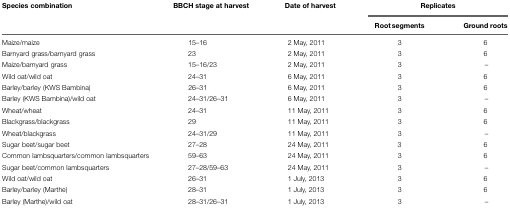
<table><thead><tr><td><b>Species combination</b></td><td><b>BBCH stage at harvest</b></td><td><b>Date of harvest</b></td><td colspan="2"><b>Replicates</b></td></tr><tr><td></td><td></td><td></td><td><b>Root segments</b></td><td><b>Ground roots</b></td></tr></thead><tbody><tr><td>Maize/maize</td><td>15–16</td><td>2 May, 2011</td><td>3</td><td>6</td></tr><tr><td>Barnyard grass/barnyard grass</td><td>23</td><td>2 May, 2011</td><td>3</td><td>6</td></tr><tr><td>Maize/barnyard grass</td><td>15–16/23</td><td>2 May, 2011</td><td>3</td><td>–</td></tr><tr><td>Wild oat/wild oat</td><td>24–31</td><td>6 May, 2011</td><td>3</td><td>6</td></tr><tr><td>Barley/barley (KWS Bambina)</td><td>26–31</td><td>6 May, 2011</td><td>3</td><td>6</td></tr><tr><td>Barley (KWS Bambina)/wild oat</td><td>24–31/26–31</td><td>6 May, 2011</td><td>3</td><td>–</td></tr><tr><td>Wheat/wheat</td><td>24–31</td><td>11 May, 2011</td><td>3</td><td>6</td></tr><tr><td>Blackgrass/blackgrass</td><td>29</td><td>11 May, 2011</td><td>3</td><td>6</td></tr><tr><td>Wheat/blackgrass</td><td>24–31/29</td><td>11 May, 2011</td><td>3</td><td>–</td></tr><tr><td>Sugar beet/sugar beet</td><td>27–28</td><td>24 May, 2011</td><td>3</td><td>6</td></tr><tr><td>Common lambsquarters/common lambsquarters</td><td>59–63</td><td>24 May, 2011</td><td>3</td><td>6</td></tr><tr><td>Sugar beet/common lambsquarters</td><td>27–28/59–63</td><td>24 May, 2011</td><td>3</td><td>–</td></tr><tr><td>Wild oat/wild oat</td><td>26–31</td><td>1 July, 2013</td><td>3</td><td>6</td></tr><tr><td>Barley/barley (Marthe)</td><td>28–31</td><td>1 July, 2013</td><td>3</td><td>6</td></tr><tr><td>Barley (Marthe)/wild oat</td><td>28–31/26–31</td><td>1 July, 2013</td><td>3</td><td>–</td></tr></tbody></table>